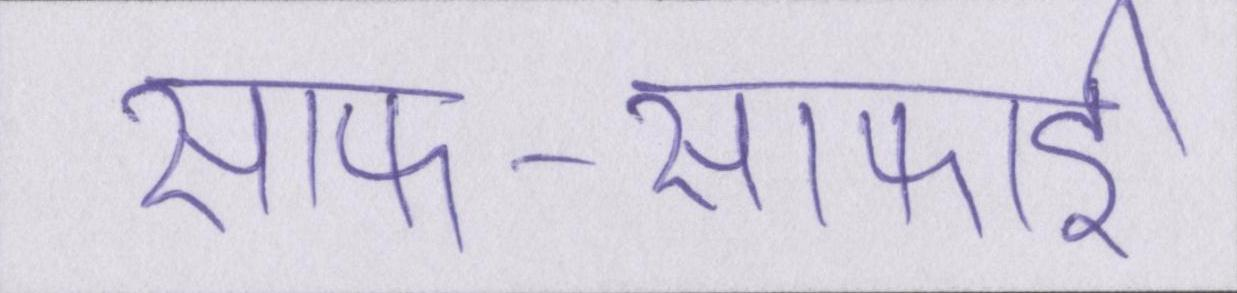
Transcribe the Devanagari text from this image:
साफ-सफाई